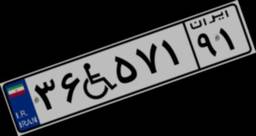
۳۶W۵۷۱۹۱